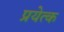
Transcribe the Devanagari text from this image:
प्रयेत्क